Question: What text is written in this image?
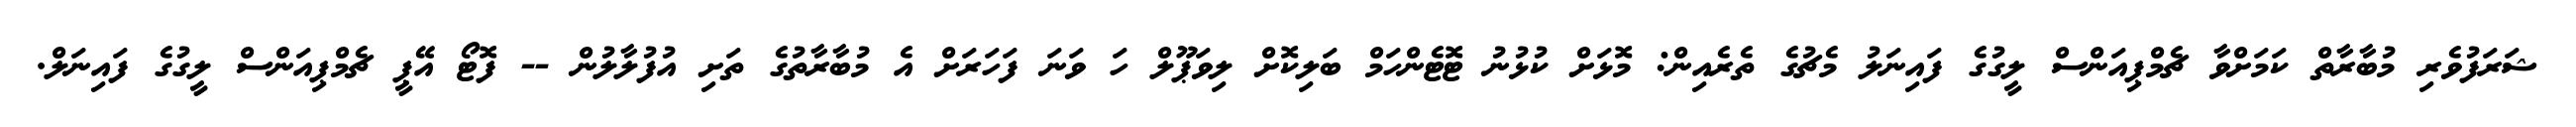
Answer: ޝަރަފުވެރި މުބާރާތް ކަމަށްވާ ޗެމްޕިއަންސް ލީގުގެ ފައިނަލު މެޗުގެ ތެރެއިން: މޮޅަށް ކުޅުނު ޓޮޓެންހަމް ބަލިކޮށް ލިވަޕޫލް ހަ ވަނަ ފަހަރަށް އެ މުބާރާތުގެ ތަށި އުފުލާލުން -- ފޮޓޯ އޭޕީ ޗެމްޕިއަންސް ލީގުގެ ފައިނަލް.